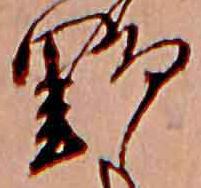
野